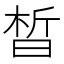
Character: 晳